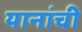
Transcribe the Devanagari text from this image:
यानांची